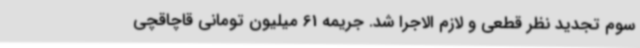
سوم تجدید نظر قطعی و لازم الاجرا شد. جریمه 61 میلیون تومانی قاچاقچی